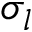
\sigma _ { l }